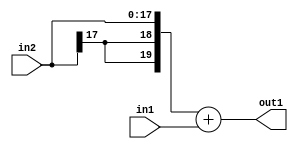
`timescale 1ps / 1ps
/*****************************************************************************
    Verilog RTL Description
    
    
    Created by: Stratus DpOpt 2019.1.01 
*******************************************************************************/

module SobelFilter_Add_18Sx18U_20S_4 (
	in2,
	in1,
	out1
	); /* architecture "behavioural" */ 
input [17:0] in2,
	in1;
output [19:0] out1;
wire [19:0] asc001;

assign asc001 = 
	+({{2{in2[17]}}, in2})
	+(in1);

assign out1 = asc001;
endmodule

/* CADENCE  ubH1Sgs= : u9/ySgnWtBlWxVPRXgAZ4Og= ** DO NOT EDIT THIS LINE ******/